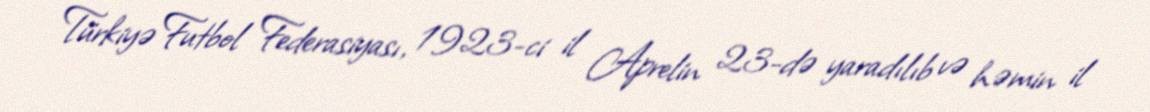
Türkiyə Futbol Federasiyası, 1923-ci il Aprelin 23-də yaradılıb və həmin il